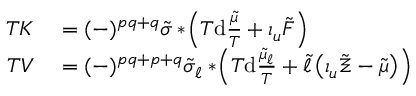
\begin{array} { r l } { T { \cal K } } & { { } = ( - ) ^ { p q + q } \tilde { \sigma } * \! \left( T \mathrm { d } \frac { \tilde { \mu } } { T } + \iota _ { u } \tilde { F } \right) } \\ { T { \cal V } } & { { } = ( - ) ^ { p q + p + q } \tilde { \sigma } _ { \ell } * \! \left( T \mathrm { d } \frac { \tilde { \mu } _ { \ell } } { T } + \tilde { \ell } \left( \iota _ { u } \tilde { \Xi } - \tilde { \mu } \right) \right) } \end{array}